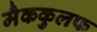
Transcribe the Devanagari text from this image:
मैककुलफ